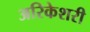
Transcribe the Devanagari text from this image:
अरिकेशरी